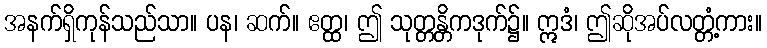
အနက်ရှိကုန်သည်သာ။ ပန၊ ဆက်။ ဧတ္ထ၊ ဤ သုတ္တန္တိကဒုက်၌။ ဣဒံ၊ ဤဆိုအပ်လတ္တံ့ကား။